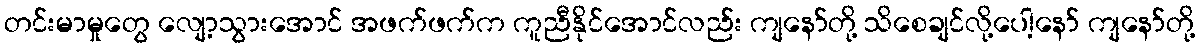
တင်းမာမှုတွေ လျော့သွားအောင် အဖက်ဖက်က ကူညီနိုင်အောင်လည်း ကျနော်တို့ သိစေချင်လို့ပေါ့နော် ကျနော်တို့